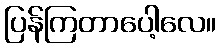
ပြန်ကြတာပေါ့လေ။